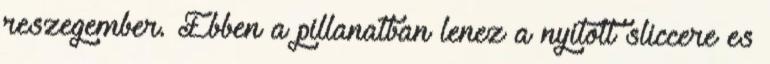
reszegember. Ebben a pillanatban lenez a nyitott sliccere es